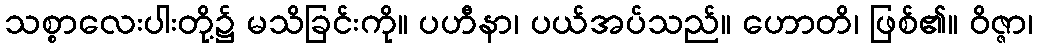
သစ္စာလေးပါးတို့၌ မသိခြင်းကို။ ပဟီနာ၊ ပယ်အပ်သည်။ ဟောတိ၊ ဖြစ်၏။ ဝိဇ္ဇာ၊